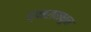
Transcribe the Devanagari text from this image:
द्वारामधून